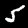
Label: 5